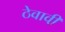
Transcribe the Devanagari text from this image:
ठेवावी़